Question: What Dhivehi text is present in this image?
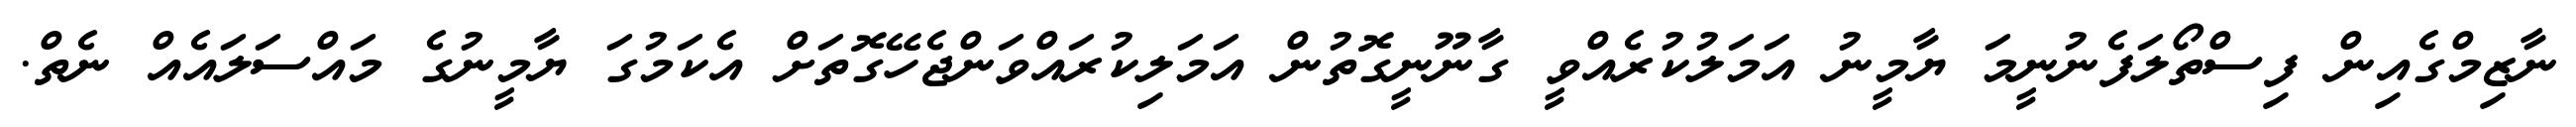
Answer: ނާޒިމްގެއިން ފިސްތޯލަފެނުނީމަ ޔާމީނު އަމަލުކުރެއްވީ ގާނޫނީގޮތުން އަމަލިކުރައްވަންޖެހޭގޮތަށް އެކަމުގަ ޔާމީނުގެ މައްސަލައެއް ނެތް.